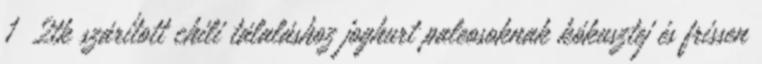
1 2tk szárított chili tálaláshoz joghurt paleosoknak kókusztej és frissen